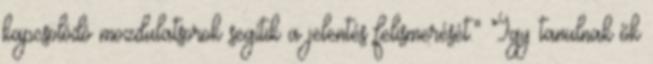
kapcsolódó mozdulatsorok segítik a jelentés felismerését." Így tanulnak ők